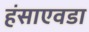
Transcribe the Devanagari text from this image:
हंसाएवडा